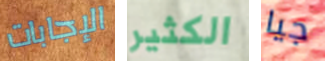
الإجابات الكثير جيا